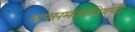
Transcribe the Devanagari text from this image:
अपसमजांविषयी